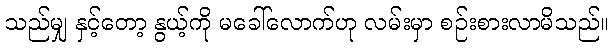
သည်မျှ နှင့်တော့ နွယ့်ကို မခေါ်လောက်ဟု လမ်းမှာ စဉ်းစားလာမိသည်။